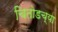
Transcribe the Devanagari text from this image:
चितोडच्या